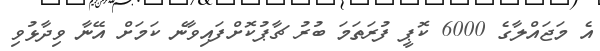
އެ މަޖައްލާގެ 6000 ކޮޕީ ފުރަތަމަ ބުރު ޗާޕުކޮށްފައިވާނެ ކަމަށް އޭނާ ވިދާޅުވި